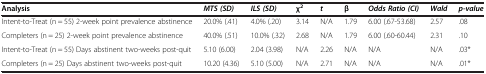
<table><thead><tr><td><b>Analysis</b></td><td><b><i>MTS (SD)</i></b></td><td><b><i>ILS (SD)</i></b></td><td><b>χ<sup>2</sup></b></td><td><b><i>t</i></b></td><td><b>β</b></td><td><b><i>Odds Ratio (CI)</i></b></td><td><b><i>Wald</i></b></td><td><b><i>p-value</i></b></td></tr></thead><tbody><tr><td>Intent-to-Treat (n = 55) 2-week point prevalence abstinence</td><td>20.0% (.41)</td><td>4.0% (.20)</td><td>3.14</td><td>N/A</td><td>1.79</td><td>6.00 (.67-53.68)</td><td>2.57</td><td>.08</td></tr><tr><td>Completers (n = 25) 2-week point prevalence abstinence</td><td>40.0% (.51)</td><td>10.0% (.32)</td><td>2.68</td><td>N/A</td><td>1.79</td><td>6.00 (.60-60.44)</td><td>2.31</td><td>.10</td></tr><tr><td>Intent-to-Treat (n = 55) Days abstinent two-weeks post-quit</td><td>5.10 (6.00)</td><td>2.04 (3.98)</td><td>N/A</td><td>2.26</td><td>N/A</td><td>N/A</td><td>N/A</td><td>.03*</td></tr><tr><td>Completers (n = 25) Days abstinent two-weeks post-quit</td><td>10.20 (4.36)</td><td>5.10 (5.00)</td><td>N/A</td><td>2.71</td><td>N/A</td><td>N/A</td><td>N/A</td><td>.01*</td></tr></tbody></table>